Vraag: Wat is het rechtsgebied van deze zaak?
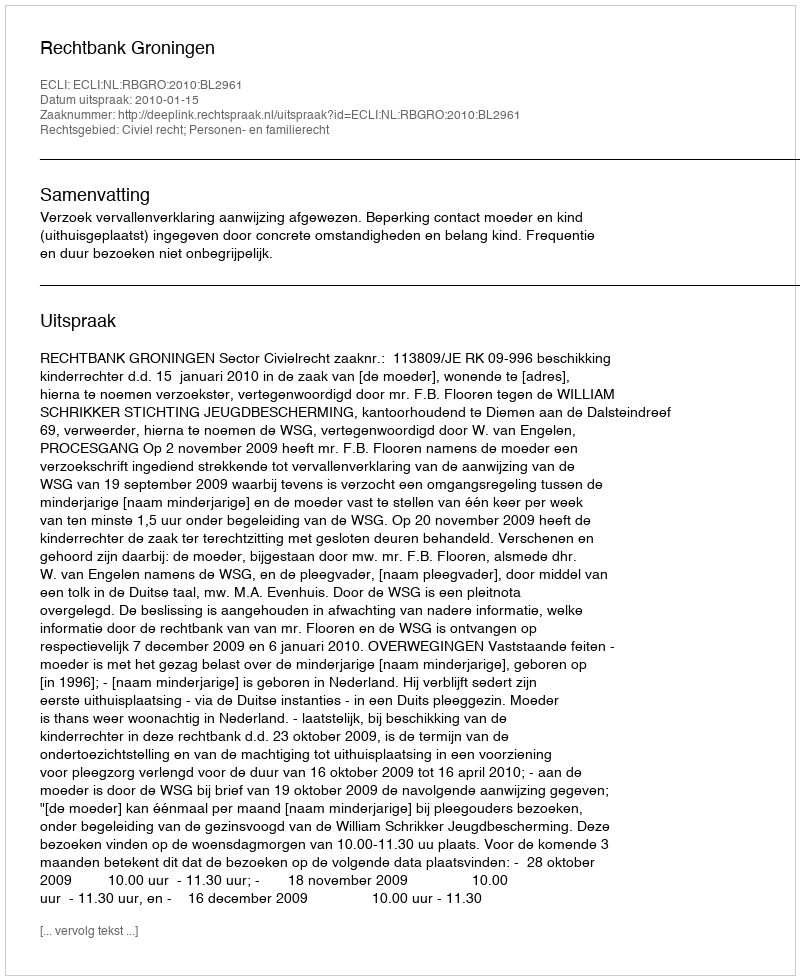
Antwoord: Civiel recht; Personen- en familierecht